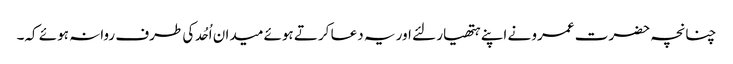
چنانچہ حضرت عمرو نے اپنے ہتھیار لئے اور یہ دعا کرتے ہوئے میدان اُحُد کی طرف روانہ ہوئے کہ۔